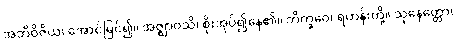
အဘိဝိဇိယ၊ အောင်မြင်၍။ အဇ္ဈာဝသိ၊ စိုးအုပ်၍နေ၏။ ဘိက္ခဝေ၊ ရဟန်းတို့။ သုနေတ္တော၊